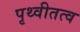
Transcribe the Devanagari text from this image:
पृथ्वीतत्व